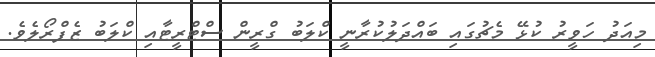
މިއަދު ހަވީރު ކުޅޭ މެޗުގައި ބައްދަލުކުރާނީ ކްލަބު ގްރީން ސްޓްރީޓާއި ކްލަބު ޒެފްރޯލެވެ.